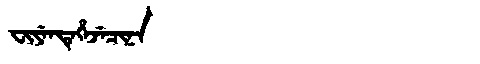
Manchu: ᠸᡳᠶᡝᠨᡨᡝᡥᡝᠵᡝᠴᡳᠨᠠ
Romanization: FIYENTEHEJECINA